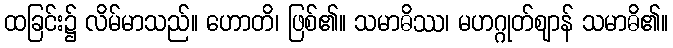
ထခြင်း၌ လိမ်မာသည်။ ဟောတိ၊ ဖြစ်၏။ သမာဓိဿ၊ မဟဂ္ဂုတ်ဈာန် သမာဓိ၏။